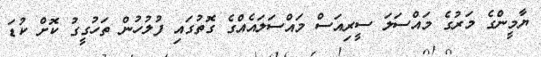
ޔާމީންގެ މަރުގެ މައްސަލަ ސީރިއަސް މައްސަލައެއްގެ ގޮތުގައި ފުލުހުން ތަހުގީގު ކޮށް ކުޑަ